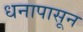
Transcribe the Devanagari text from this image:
धनापासून